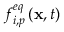
f _ { i , p } ^ { e q } \left( \mathbf { x } , t \right)